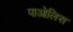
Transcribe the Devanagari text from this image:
पाओलिस